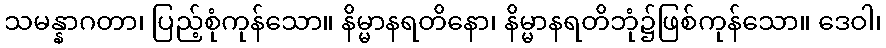
သမန္နာဂတာ၊ ပြည့်စုံကုန်သော။ နိမ္မာနရတိနော၊ နိမ္မာနရတိဘုံ၌ဖြစ်ကုန်သော။ ဒေဝါ၊